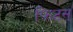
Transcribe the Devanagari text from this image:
फिटस्‌